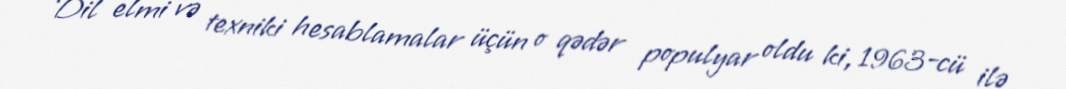
Dil elmi və texniki hesablamalar üçün o qədər populyar oldu ki, 1963-cü ilə